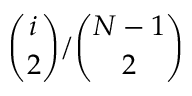
\binom { i } { 2 } / \binom { N - 1 } { 2 }